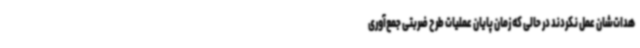
هدات‌شان عمل نکردند در حالی که زمان پایان عملیات طرح ضربتی جمع‌آوری